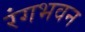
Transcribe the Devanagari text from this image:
रंगभवन